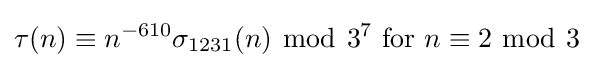
\tau (n)\equiv n^{-610}\sigma _{1231}(n)\ {\bmod {\ }}3^{7}{\text{ for }}n\equiv 2\ {\bmod {\ }}3